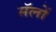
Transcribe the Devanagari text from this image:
सॅलों